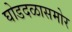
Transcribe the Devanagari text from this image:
घोडदळासमोर